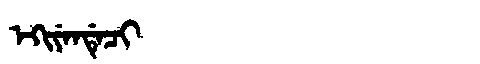
Manchu: ᡝᡴᡳᠶᡝᠨᡩᡝᠴᡳ
Romanization: EKIYENDECI